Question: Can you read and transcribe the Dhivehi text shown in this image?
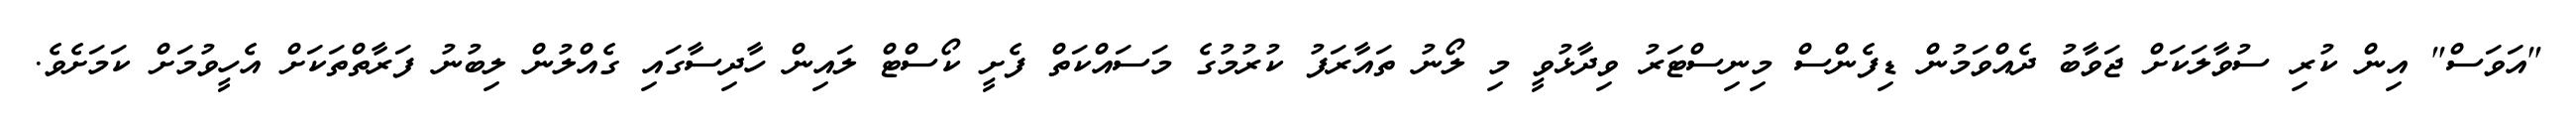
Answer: "އަވަސް" އިން ކުރި ސުވާލަކަށް ޖަވާބު ދެއްވަމުން ޑިފެންސް މިނިސްޓަރު ވިދާޅުވީ މި ލޯނު ތައާރަފު ކުރުމުގެ މަސައްކަތް ފެށީ ކޯސްޓް ލައިން ހާދިސާގައި ގެއްލުން ލިބުނު ފަރާތްތަކަށް އެހީވުމަށް ކަމަށެވެ.